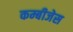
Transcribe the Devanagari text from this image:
कम्बीजेस